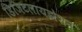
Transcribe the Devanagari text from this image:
डिजिटलायझेशन